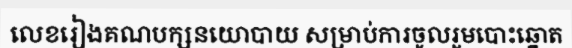
លេខរៀងគណបក្សនយោបាយ សម្រាប់ការចូលរួមបោះឆ្នោត